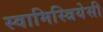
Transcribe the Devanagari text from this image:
स्वामिस्त्रियेसी